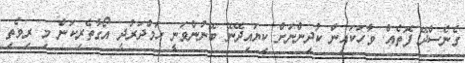
ގެނެސްދޭ ފޮތެއް. ވާހަކައިން ކުދިންނަށް ކިޔައިދޭނޭ ބޭނުންވަނީ ހަމްދަރުދީ އޯގާތެރިކަން މި ރިވެތި